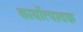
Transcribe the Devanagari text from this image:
कार्योत्पादक